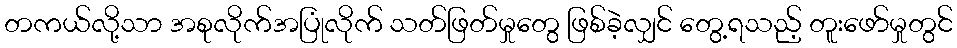
တကယ်လို့သာ အစုလိုက်အပြုံလိုက် သတ်ဖြတ်မှုတွေ ဖြစ်ခဲ့လျှင် တွေ့ရသည့် တူးဖော်မှုတွင်